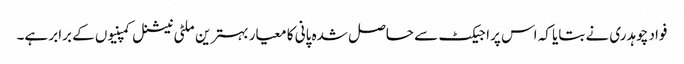
فواد چوہدری نے بتایا کہ اس پراجیکٹ سے حاصل شدہ پانی کا معیار بہترین ملٹی نیشنل کمپنیوں کے برابر ہے۔